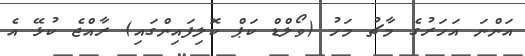
އަންނަ އަހަރުގެ މާޗު މަހު (ވޯލްޑް ކަޕް ކޮލިފައިންގައި) ރާއްޖެ ކުޅޭ އެ